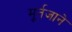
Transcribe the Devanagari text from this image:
मूर्तजाने